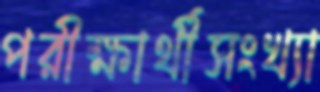
পরীক্ষার্থীসংখ্যা